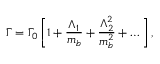
\Gamma = \Gamma _ { 0 } \left[ 1 + { \frac { \Lambda _ { 1 } } { m _ { b } } } + { \frac { \Lambda _ { 2 } ^ { 2 } } { m _ { b } ^ { 2 } } } + \dots \right] ,